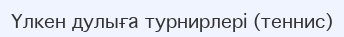
Үлкен дулыға турнирлері (теннис)